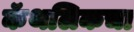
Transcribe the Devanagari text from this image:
कॅथलिकचा